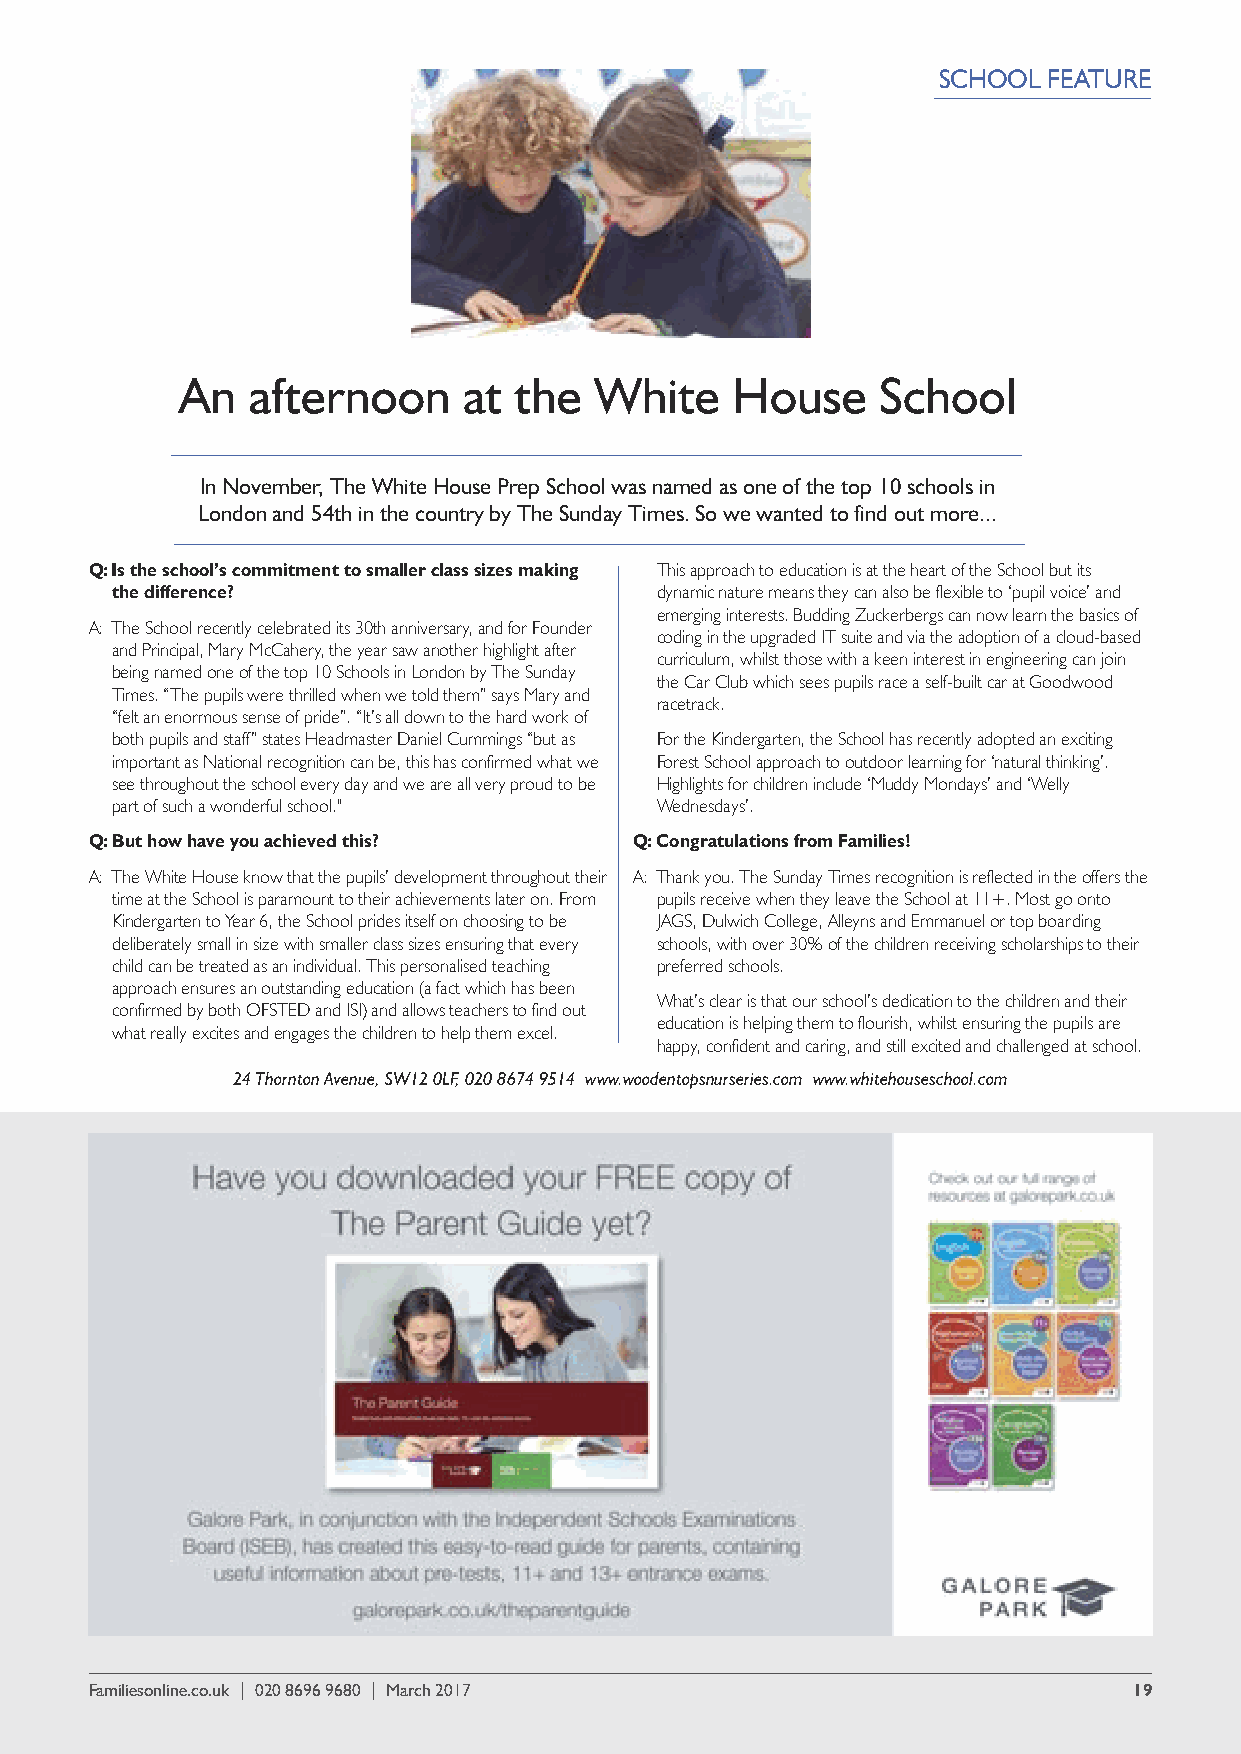
SCHOOL FEATURE
 An  afternoon      at the  White    House     School
 In November, The White House Prep School was named as one of the top 10 schools in
 London and 54th in the country by The Sunday Times. So we wanted to find out more...
 Q:Is the school’s commitment to smaller class sizes making This approach to education is at the heart of the School but its
 the difference?                     dynamic nature means they can also be flexible to ‘pupil voice’ and
 emerging interests. Budding Zuckerbergs can now learn the basics of
 A: The School recently celebrated its 30th anniversary, and for Founder
 coding in the upgraded IT suite and via the adoption of a cloud-based
 and Principal, Mary McCahery, the year saw another highlight after
 curriculum, whilst those with a keen interest in engineering can join
 being named one of the top 10 Schools in London by The Sunday
 the Car Club which sees pupils race a self-built car at Goodwood
 Times. “The pupils were thrilled when we told them” says Mary and
 racetrack.
 “felt an enormous sense of pride”. “It’s all down to the hard work of
 both pupils and staff” states Headmaster Daniel Cummings “but as For the Kindergarten, the School has recently adopted an exciting
 important as National recognition can be, this has confirmed what we Forest School approach to outdoor learning for ‘natural thinking’.
 see throughout the school every day and we are all very proud to be Highlights for children include ‘Muddy Mondays’ and ‘Welly
 part of such a wonderful school."   Wednesdays’.
 Q:But how have you achieved this?   Q:Congratulations from Families!
 A: The White House know that the pupils’ development throughout their A: Thank you. The Sunday Times recognition is reflected in the offers the
 time at the School is paramount to their achievements later on. From pupils receive when they leave the School at 11+. Most go onto
 Kindergarten to Year 6, the School prides itself on choosing to be JAGS, Dulwich College, Alleyns and Emmanuel or top boarding
 deliberately small in size with smaller class sizes ensuring that every schools, with over 30% of the children receiving scholarships to their
 child can be treated as an individual. This personalised teaching preferred schools.
 approach ensures an outstanding education (a fact which has been
 What’s clear is that our school’s dedication to the children and their
 confirmed by both OFSTED and ISI) and allows teachers to find out
 education is helping them to flourish, whilst ensuring the pupils are
 what really excites and engages the children to help them excel.
 happy, confident and caring, and still excited and challenged at school.
 24 Thornton Avenue, SW12 0LF, 020 8674 9514 www.woodentopsnurseries.com www.whitehouseschool.com
 Familiesonline.co.uk | 020 8696 9680 | March 2017                    1199